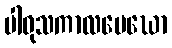
ပါဝုသကာလမေဃော